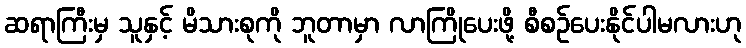
ဆရာကြီးမှ သူနှင့် မိသားစုကို ဘူတာမှာ လာကြိုပေးဖို့ စီစဉ်ပေးနိုင်ပါမလားဟု